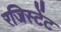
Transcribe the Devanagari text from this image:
रजिस्टेंट